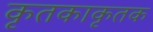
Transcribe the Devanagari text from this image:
कृतकाकृतक